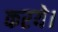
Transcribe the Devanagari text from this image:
करये।